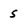
Character: s